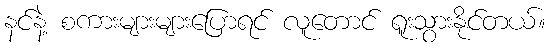
နင်နဲ့ စကားများများပြောရင် လူတောင် ရူးသွားနိုင်တယ်။